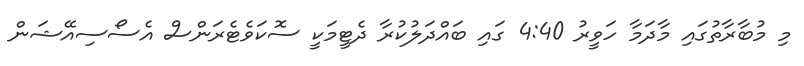
މި މުބާރާތުގައި މާދަމާ ހަވީރު 4:40 ގައި ބައްދަލުކުރާ ދެޓީމަކީ ސޮކަވެޓެރަންސް އެސޯސިއޭޝަން